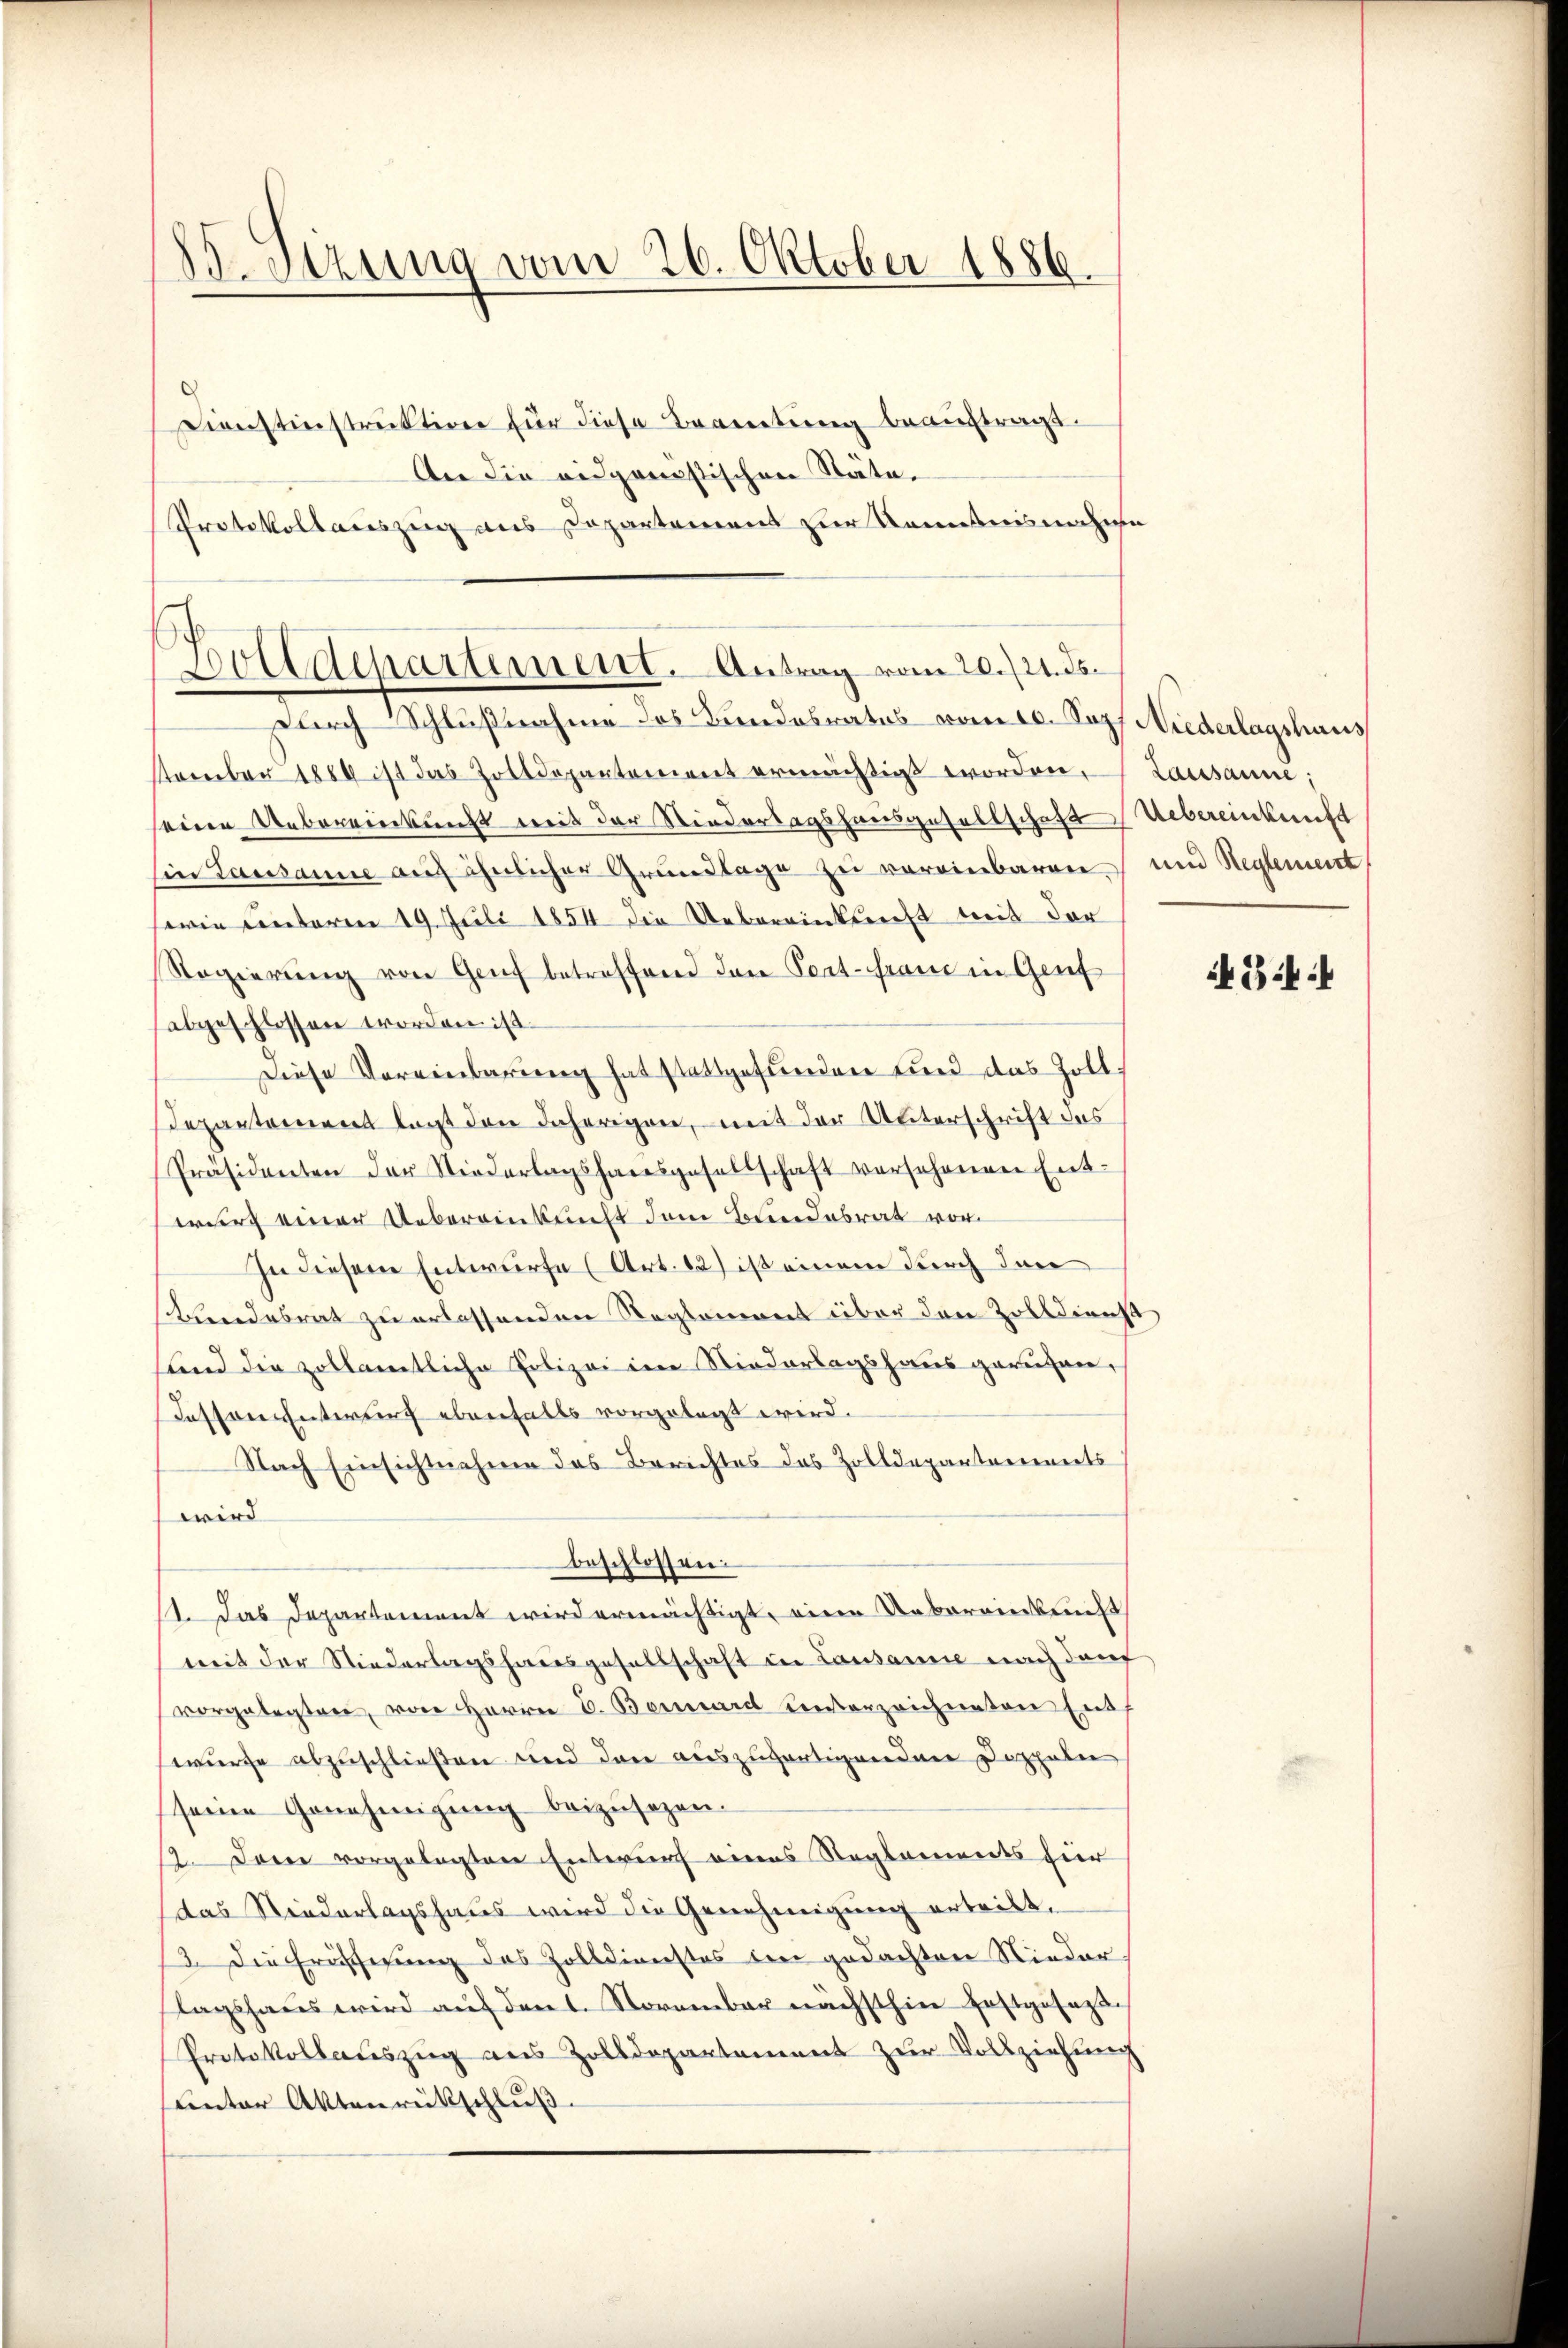
85. Sezung vom 26. Oktober 1886.

Dienstinstruktion für diese Beamtung beauftragt.
An die eidganistischen Stäte.
Protokollauszeig aus Departement zur Kenntnisnahme

Bolldepartement. Antrag vom 20./21. ds.

durch Schlußnahme des Landobrates vom 20. Sopf Niederlagshaus
tamber 1889 ist das Zolldepartement ermächtigt worden, Lausanne;
seine Uebereierkunft mit der Niedertagshausgesellschaft Uebereinkunft
Ein Lausanne auf ähnlicher Grundlage zu vereinbaren und Reglement
serin unterm 19. Juli 1854 die Uebereinkunft mit der
Regierŭng von Genf betreffend den Peat-frau in Grief
abgeschlossen worden ist.
Diese Vereinbarung hat stattgefunden und das Zoll¬
Departement lagt den daherigen, mit der Unterschrift des
Präsidenten der Niederlagshausgesellschaft versehenen Ent-
wurf einer Uebereinkunft dem Bundesrat vor¬
In diesem Entwurfe (Art. 12) ist einem durch den
Bundesrat zu erlassenden Reglement über den Zolldienst
sund die zollamtliche Polizei im Niederlagshaus geruhen,
Fessen unterburg ebenfalls vorgelegt wird.
Nach Einsichtnahme das Berichtes des Zolldepartements
wird
beschlossen:
1. Das Departement wird ermächtigt, einen Uebereinkunft
weit der Niederlagshausgesellschaft in Lausanne nach dan
vorgelegten, von Herrn C. Bernard unterzeichneten Ent
würfe abzuschließen und dare auszugartigenden Doppeler
seine Genehmigung beizusehen.
12. Der vorgelegten Entwurf eines Reglements für
das Niederlagshaus wird die Genehmigung erteilt,
3. Die Eröfferung des Zolldienstes in gedachten Niederlagshaus wird aŭf den 1. November nächsthin festgeset
Protokollauszug aus Zolldepartement zur Vollziehung
unter Aktenrückschluß

434